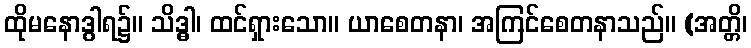
ထိုမနောဒွါရ၌။ သိဒ္ဓါ၊ ထင်ရှားသော။ ယာစေတနာ၊ အကြင်စေတနာသည်။ (အတ္တိ၊